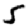
Digit: 5